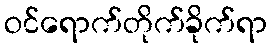
ဝင်ရောက်တိုက်ခိုက်ရာ